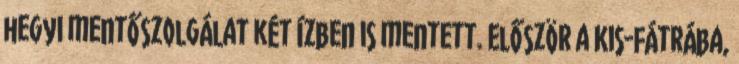
hegyi mentőszolgálat két ízben is mentett. Először a Kis-Fátrába,